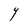
Character: Y